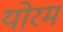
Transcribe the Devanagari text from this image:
योरम